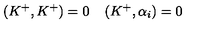
( K ^ { + } , K ^ { + } ) = 0 \: \: \: \: \: ( K ^ { + } , \alpha _ { i } ) = 0